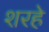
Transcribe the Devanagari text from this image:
शरहे